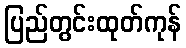
ပြည်တွင်းထုတ်ကုန်